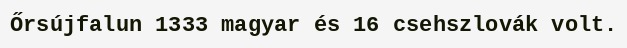
Őrsújfalun 1333 magyar és 16 csehszlovák volt.